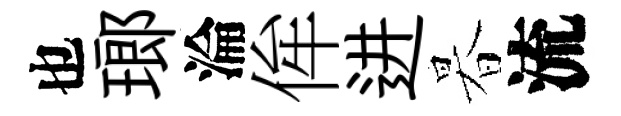
也瑯淪侔进暮流